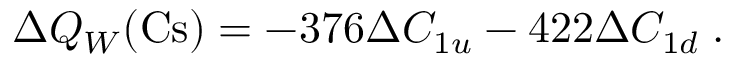
\Delta Q _ { W } ( \mathrm { C s } ) = - 3 7 6 \Delta C _ { 1 u } - 4 2 2 \Delta C _ { 1 d } \; .